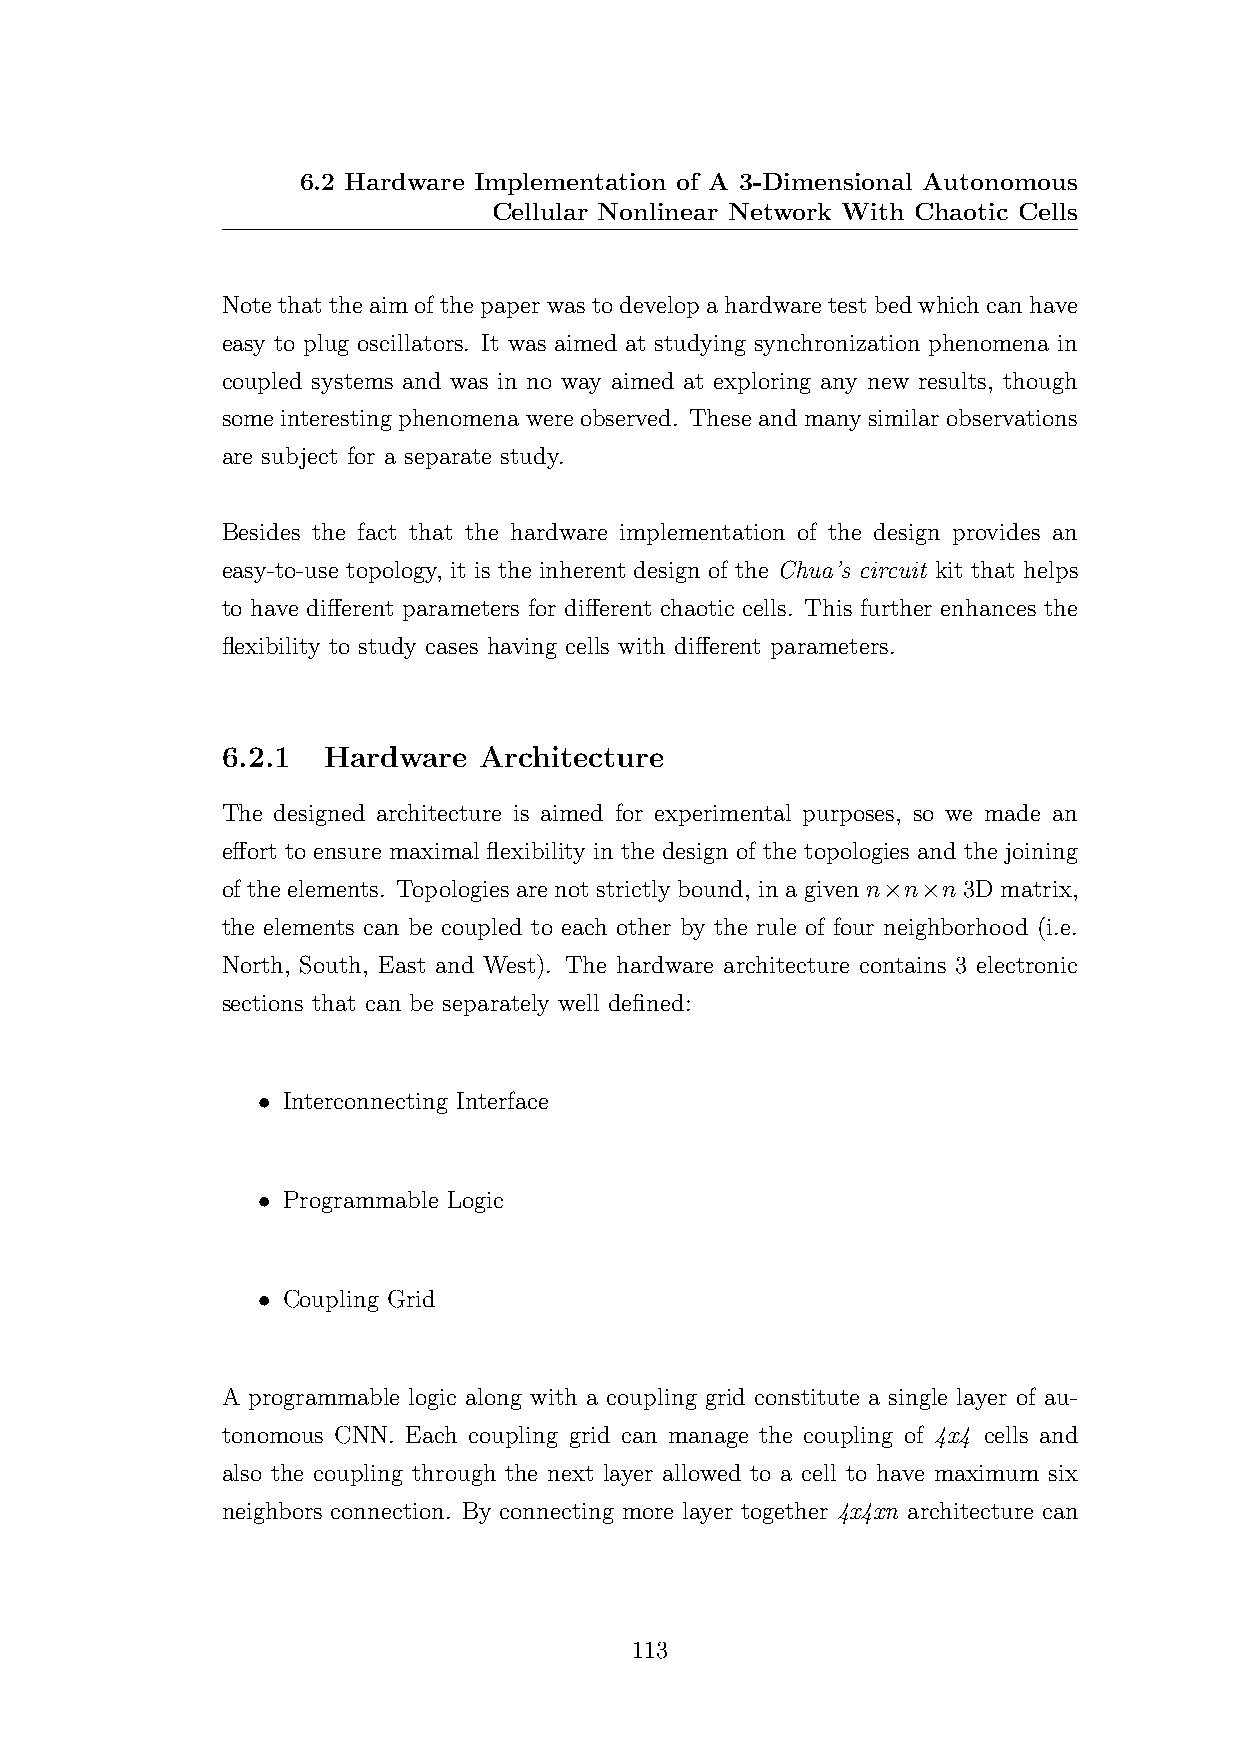
6.2 Hardware Implementation of A 3-Dimensional Autonomous
 Cellular Nonlinear Network With Chaotic Cells
 Notethattheaimofthepaperwastodevelopahardwaretestbedwhichcanhave
 easy to plug oscillators. It was aimed at studying synchronization phenomena in
 coupled systems and was in no way aimed at exploring any new results, though
 some interesting phenomena were observed. These and many similar observations
 are subject for a separate study.
 Besides the fact that the hardware implementation of the design provides an
 easy-to-use topology, it is the inherent design of the Chua’s circuit kit that helps
 to have different parameters for different chaotic cells. This further enhances the
 flexibility to study cases having cells with different parameters.
 6.2.1 Hardware   Architecture
 The designed architecture is aimed for experimental purposes, so we made an
 effort to ensure maximal flexibility in the design of the topologies and the joining
 of the elements. Topologies are not strictly bound, in a given n×n×n 3D matrix,
 the elements can be coupled to each other by the rule of four neighborhood (i.e.
 North, South, East and West). The hardware architecture contains 3 electronic
 sections that can be separately well defined:
 • Interconnecting Interface
 • Programmable Logic
 • Coupling Grid
 A programmable logic along with a coupling grid constitute a single layer of au-
 tonomous CNN. Each coupling grid can manage the coupling of 4x4 cells and
 also the coupling through the next layer allowed to a cell to have maximum six
 neighbors connection. By connecting more layer together 4x4xn architecture can
 113